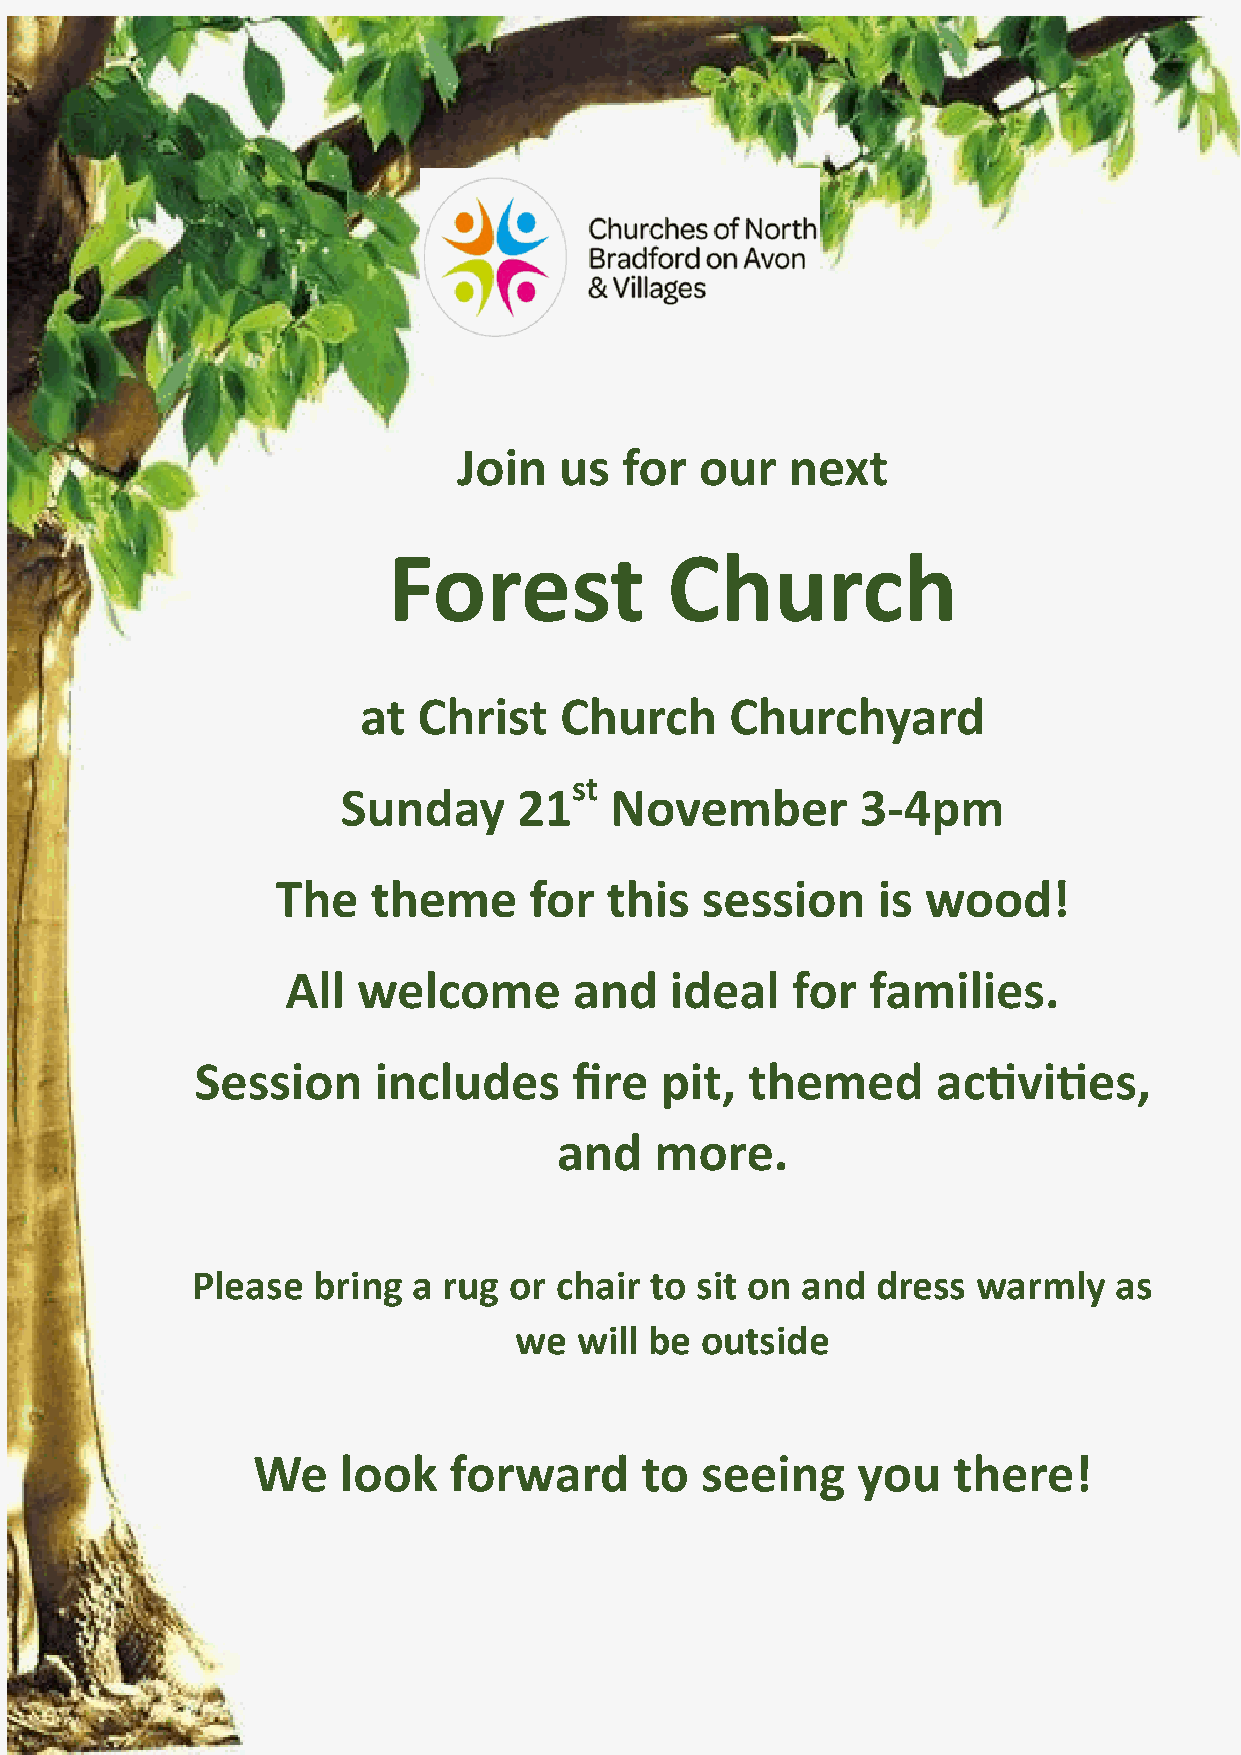
Join   us  for  our   next
 Forest            Church
 at  Christ   Church     Churchyard
 st
 Sunday     21    November         3-4pm
 The    theme     for  this  session     is wood!
 All  welcome       and   ideal   for   families.
 Session     includes     fire  pit, themed       activities,
 and   more.
 Please  bring a rug  or chair to sit on and  dress  warmly   as
 we  will be outside
 We   look    forward     to  seeing     you   there!